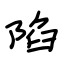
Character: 陷